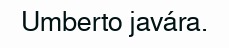
Umberto javára.